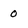
Character: 0